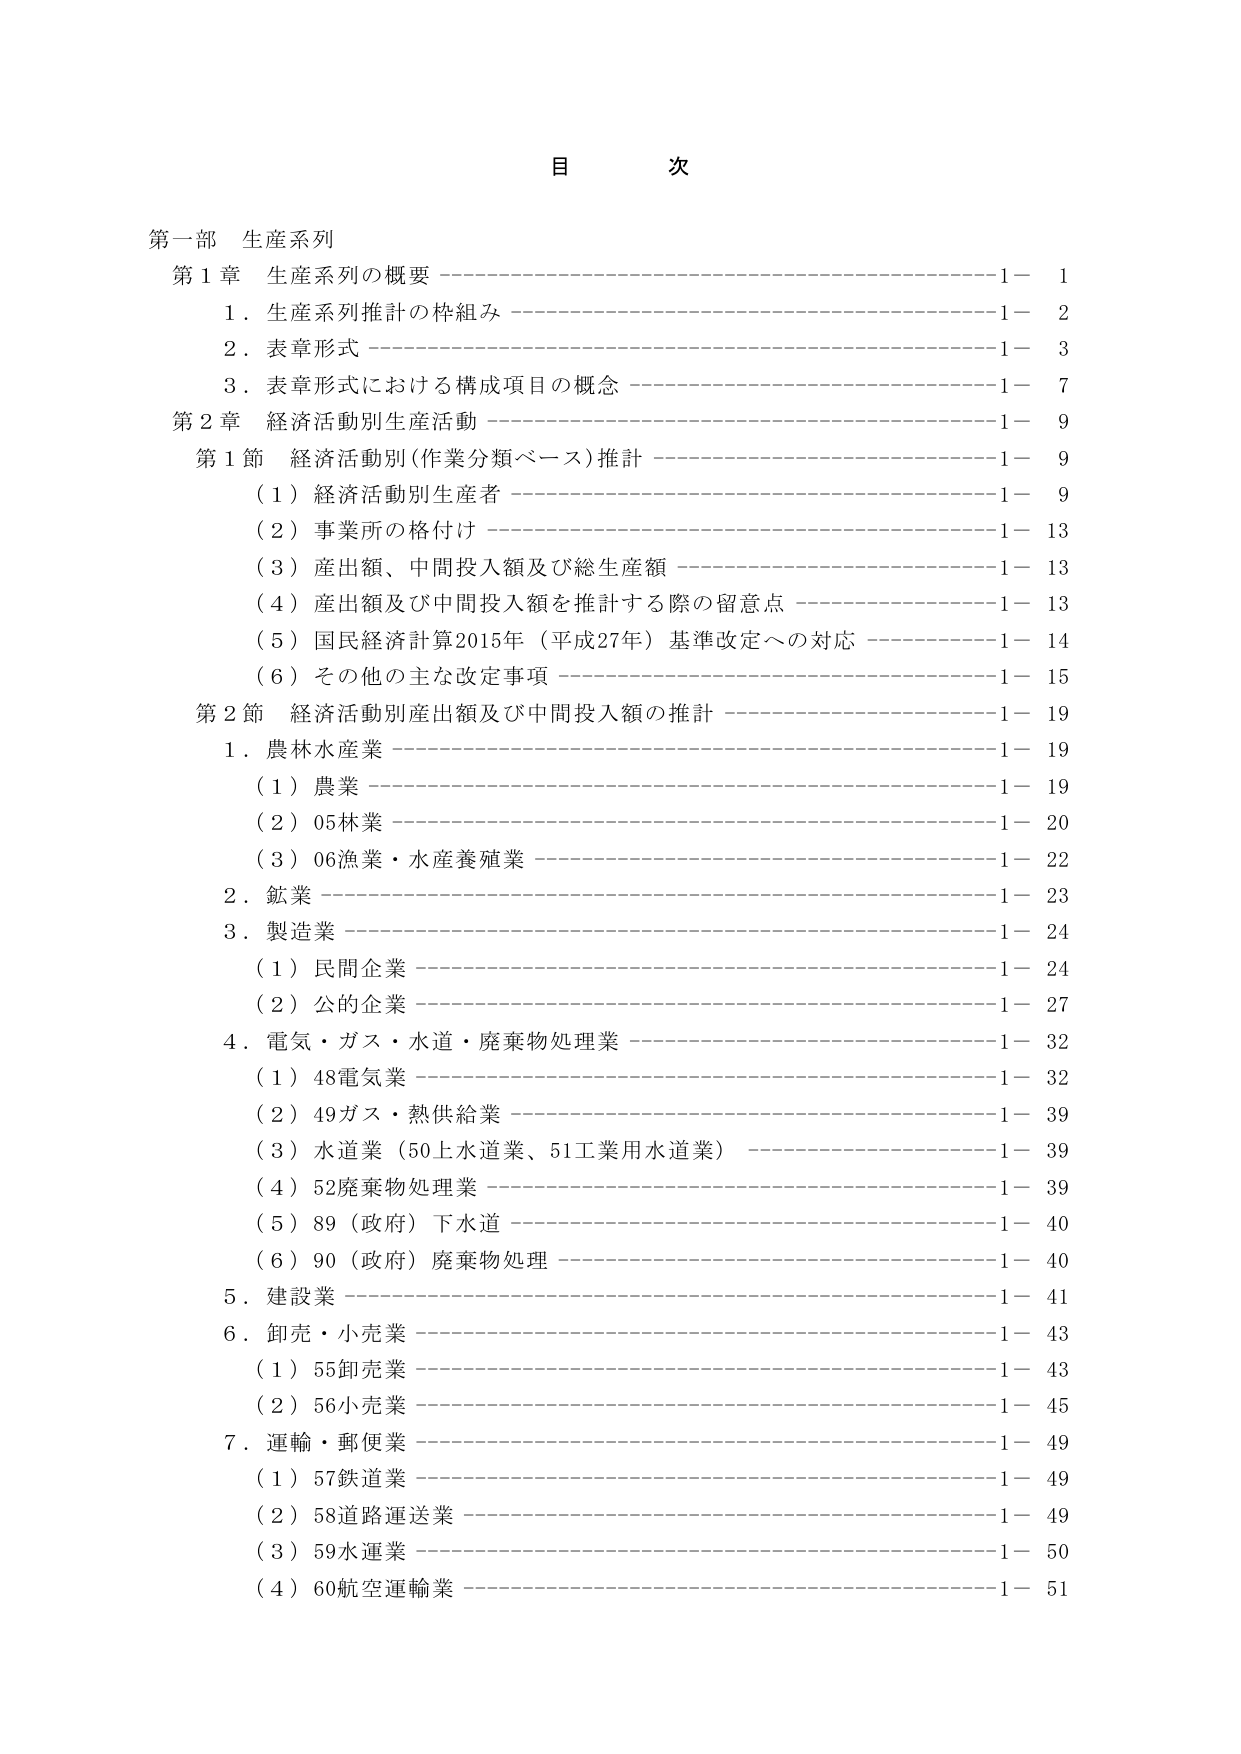
目 次

第一部 生産系列
第1章 生産系列の概要 ———————————————————— 1- 1
　1．生産系列推計の枠組み ———————————————————— 1- 2
　2．表章形式 ———————————————————— 1- 3
　3．表章形式における構成項目の概念 ———————————————————— 1- 7
第2章 経済活動別生産活動 ———————————————————— 1- 9
　第1節 経済活動別（作業分類ベース）推計 ———————————————————— 1- 9
　　（1）経済活動別生産者 ———————————————————— 1- 9
　　（2）事業所の格付け ———————————————————— 1- 13
　　（3）産出額、中間投入額及び総生産額 ———————————————————— 1- 13
　　（4）産出額及び中間投入額を推計する際の留意点 ———————————————————— 1- 13
　　（5）国民経済計算2015年（平成27年）基準改定への対応 ———————————————————— 1- 14
　　（6）その他の主な改定事項 ———————————————————— 1- 15
　第2節 経済活動別産出額及び中間投入額の推計 ———————————————————— 1- 19
　　1．農林水産業 ———————————————————— 1- 19
　　　（1）農業 ———————————————————— 1- 19
　　　（2）05林業 ———————————————————— 1- 20
　　　（3）06漁業・水産養殖業 ———————————————————— 1- 22
　　2．鉱業 ———————————————————— 1- 23
　　3．製造業 ———————————————————— 1- 24
　　　（1）民間企業 ———————————————————— 1- 24
　　　（2）公の企業 ———————————————————— 1- 27
　　4．電気・ガス・水道・廃棄物処理業 ———————————————————— 1- 32
　　　（1）48電気業 ———————————————————— 1- 32
　　　（2）49ガス・熱供給業 ———————————————————— 1- 39
　　　（3）水道業（50上水道業、51工業用水道業） ———————————————————— 1- 39
　　　（4）52廃棄物処理業 ———————————————————— 1- 39
　　　（5）89（政府）下水道 ———————————————————— 1- 40
　　　（6）90（政府）廃棄物処理 ———————————————————— 1- 40
　　5．建設業 ———————————————————— 1- 41
　　6．卸売・小売業 ———————————————————— 1- 43
　　　（1）55卸売業 ———————————————————— 1- 43
　　　（2）56小売業 ———————————————————— 1- 45
　　7．運輸・郵便業 ———————————————————— 1- 49
　　　（1）57鉄道業 ———————————————————— 1- 49
　　　（2）58道路運送業 ———————————————————— 1- 49
　　　（3）59水運業 ———————————————————— 1- 50
　　　（4）60航空運輸業 ———————————————————— 1- 51